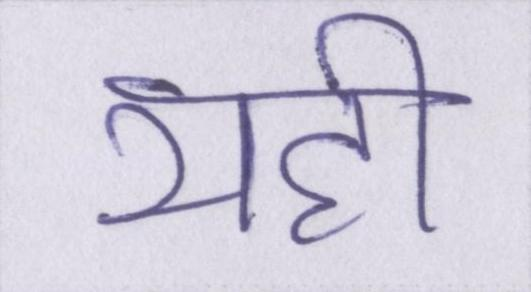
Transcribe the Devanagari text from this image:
यही